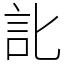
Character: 䚰